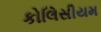
કોલિસીયમ